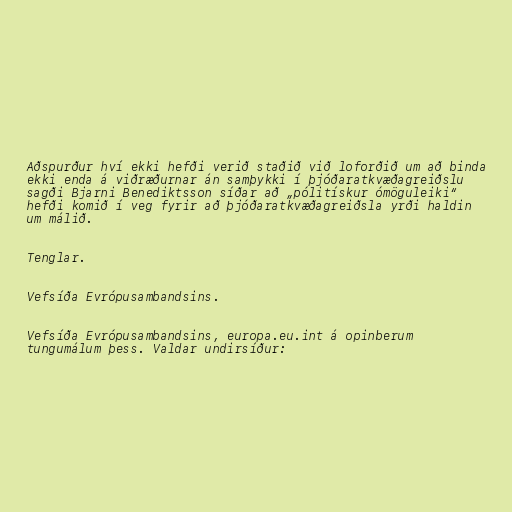
Aðspurður hví ekki hefði verið staðið við loforðið um að binda
ekki enda á viðræðurnar án samþykki í þjóðaratkvæðagreiðslu
sagði Bjarni Benediktsson síðar að „pólitískur ómöguleiki“
hefði komið í veg fyrir að þjóðaratkvæðagreiðsla yrði haldin
um málið.

Tenglar.

Vefsíða Evrópusambandsins.

Vefsíða Evrópusambandsins, europa.eu.int á opinberum
tungumálum þess. Valdar undirsíður: